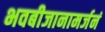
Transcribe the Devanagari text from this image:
भवबीजानामर्जनं